Calcutta medical institutions reports 1871-78
Year: 1871
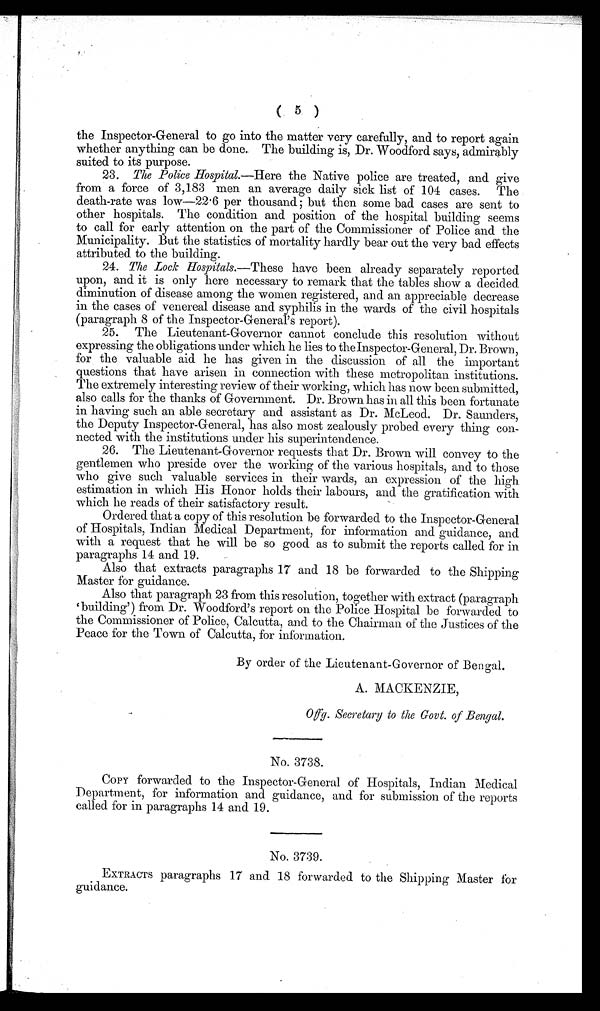
( 5 )
the Inspector-General to go into the matter very carefully, and to report again
whether anything can be done. The building is, Dr. Woodford says, admirably
suited to its purpose.
23. The Police Hospital.—Here the Native police are treated, and give
from a force of 3,183 men an average daily sick list of 104 cases. The
death-rate was low—22.6 per thousand; but then some bad cases are sent to
other hospitals. The condition and position of the hospital building seems
to call for early attention on the part of the Commissioner of Police and the
Municipality. But the statistics of mortality hardly bear out the very bad effects
attributed to the building.
24. The Lock Hospitals .—These have been already separately reported
upon, and it is only here necessary to remark that the tables show a decided
diminution of disease among the women registered, and an appreciable decrease
in the cases of venereal disease and syphilis in the wards of the civil hospitals
(p aragraph 8 of the Inspector-General's report).
25. The Lieutenant-Governor cannot conclude this resolution without
expressing the obligations under which he lies to the Inspector-General, Dr. Brown,
for the valuable aid he has given in the discussion of all the important
questions that have arisen in connection with these metropolitan institutions.
The extremely interesting review of their working, which has now been submitted,
also calls for the thanks of Government. Dr. Brown has in all this been fortunate
in having such an able secretary and assistant as Dr. McLeod. Dr. Saunders,
the Deputy Inspector-General, has also most zealously probed every thing con
-nected with the institutions under his superintendence.
26. The Lieutenant-Governor requests that Dr. Brown will convey to the
gentlemen who preside over the working of the various hospitals, and to those
who give such valuable services in their wards, an expression of the high
estimation in which His Honor holds their labours, and the gratification with
which he reads of their satisfactory result.
Ordered that a copy of this resolution be forwarded to the Inspector-General
of Hospitals, Indian Medical Department, for information and guidance, and
with a request that he will be so good as to submit the reports called for in
paragraphs 14 and 19.
Also that extracts paragraphs 17 and 18 be forwarded to the Shipping
Master for guidance.
Also that paragraph 23 from this resolution, together with extract (paragraph
'building') from Dr. Woodford's report on the Police Hospital be forwarded to
the Commissioner of Police, Calcutta, and to the Chairman of the Justices of the
Peace for the Town of Calcutta, for information.
By order of the Lieutenant-Governor of Bengal.
A. MACKENZIE,
O f f g . S e c r e t a r y t o t h e G o v t . o f B e n g a l .
No. 3738.
COPY forwarded to the Inspector-General of Hospitals, Indian Medical
Department, for information and guidance, and for submission of the reports
called for in paragraphs 14 and 19.
No. 3739.
EXTRACTS paragraphs 17 and 18 forwarded to the Shipping Master for
guidance.